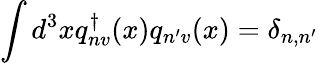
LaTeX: \int d^{3}xq_{nv}^{\dagger}(x)q_{n^{\prime}v}(x)=\delta_{n,n^{\prime}}